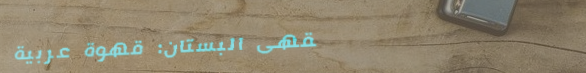
مقهى البستان: قهوة عربية